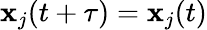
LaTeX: \mathbf{x}_{j}(t+\tau)=\mathbf{x}_{j}(t)